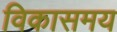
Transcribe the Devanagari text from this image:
विकासमय